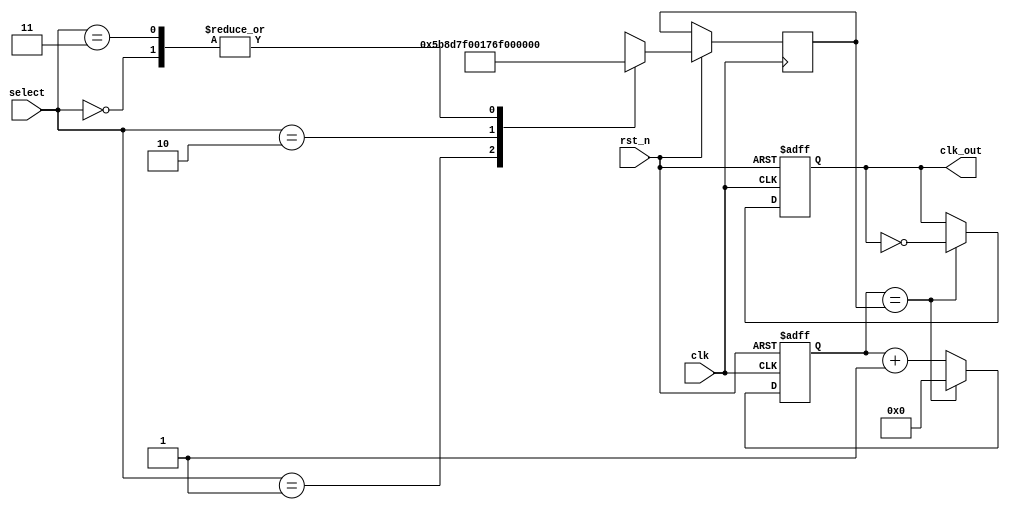
module freqdiv(
input clk,
input rst_n,
output clk_out,
input [1:0] select
);


reg [23:0]counter;
reg out_clk_reg;
reg [23:0]divider;




	
assign clk_out=out_clk_reg;


always@(posedge clk or negedge rst_n)
begin
	if(~rst_n) begin
		counter<=24'd0;
		out_clk_reg<=1'b0;
	end
	else 
	begin
		case(select)
		2'b0:
		begin
			divider <= 24'd5;
		end
		2'b1:
		begin
			divider <= 24'd5999999;
		end
		2'b10:
		begin
			divider <= 24'd5999;
		end
		2'b11:
		begin
			divider <= 24'd5;
		end
		endcase
		

		if(counter==divider) 
		begin
			counter<=24'd000000;
			out_clk_reg<=~out_clk_reg;
		end
		else
		begin
			counter<=counter+1;
		end
	end
end


endmodule